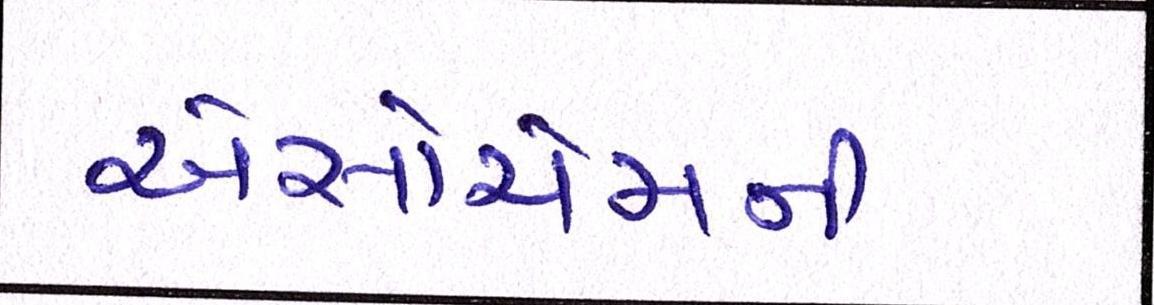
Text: એસોચેમની